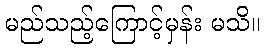
မည်သည့်ကြောင့်မှန်း မသိ။